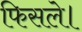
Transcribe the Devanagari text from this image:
फिसले।